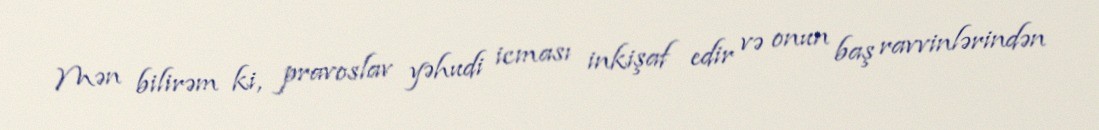
Mən bilirəm ki, pravoslav yəhudi icması inkişaf edir və onun baş ravvinlərindən